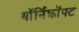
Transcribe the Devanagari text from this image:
थॉर्निक्रॉफ्ट